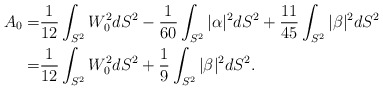
\begin{align*}A_0 =& \frac{1}{12} \int_{S^2} W_0^2 dS^2 -\frac{1}{60} \int _{S^2} |\alpha|^2 dS^2 + \frac{11}{45} \int _{S^2} |\beta|^2 dS^2\\=& \frac{1}{12} \int_{S^2} W_0^2 dS^2 + \frac{1}{9} \int _{S^2} |\beta|^2 dS^2.\end{align*}